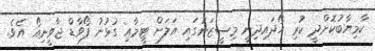
ކާމިޔާބުކޮށްދީ ކުރި ހޯދައިދިނީ މިސީޒަނުގައި އަލަށް ޓީމާއި ގުޅުނު ފޯވާޑް ޖާވީނިއޯ އެވެ.